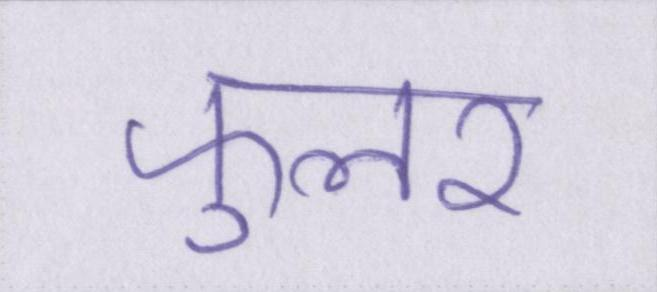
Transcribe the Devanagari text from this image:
फुलर